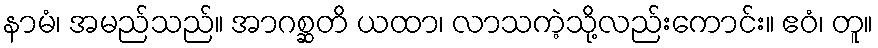
နာမံ၊ အမည်သည်။ အာဂစ္ဆတိ ယထာ၊ လာသကဲ့သို့လည်းကောင်း။ ဧဝံ၊ တူ။